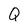
Character: Q